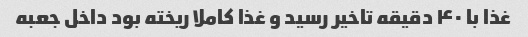
غذا با ۴۰ دقیقه تاخیر رسید و غذا کاملا ریخته بود داخل جعبه